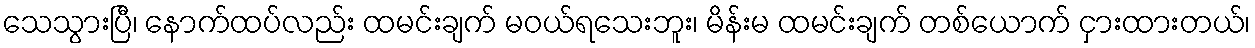
သေသွားပြီ၊ နောက်ထပ်လည်း ထမင်းချက် မဝယ်ရသေးဘူး၊ မိန်းမ ထမင်းချက် တစ်ယောက် ငှားထားတယ်၊